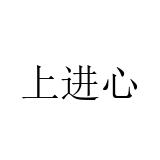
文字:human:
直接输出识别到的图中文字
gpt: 上进心